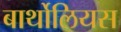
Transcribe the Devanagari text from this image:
बार्थोलियस